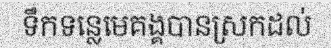
ទឹកទន្លេមេគង្គបានស្រកដល់